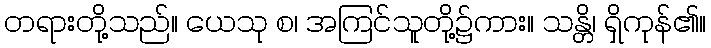
တရားတို့သည်။ ယေသု စ၊ အကြင်သူတို့၌ကား။ သန္တိ၊ ရှိကုန်၏။